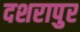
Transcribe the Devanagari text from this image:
दशरापुर